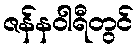
ဇန်နဝါရီတွင်